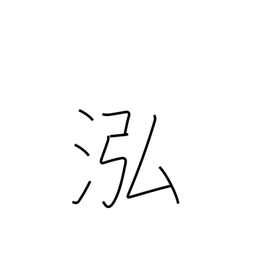
Meaning: deep clear water